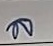
ล